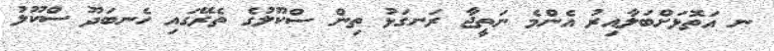
ނ އަތޮޅަށްބަލާއިރު އެންމެ ނަތީޖާ ރަނގަޅު ތިން ސްކޫލުގެ ތެރޭގައި ހެނބަދޫ ސްކޫލު